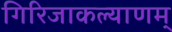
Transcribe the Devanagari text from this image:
गिरिजाकल्याणम्